Dysentery in Hazaribagh Central Jail - Number 52
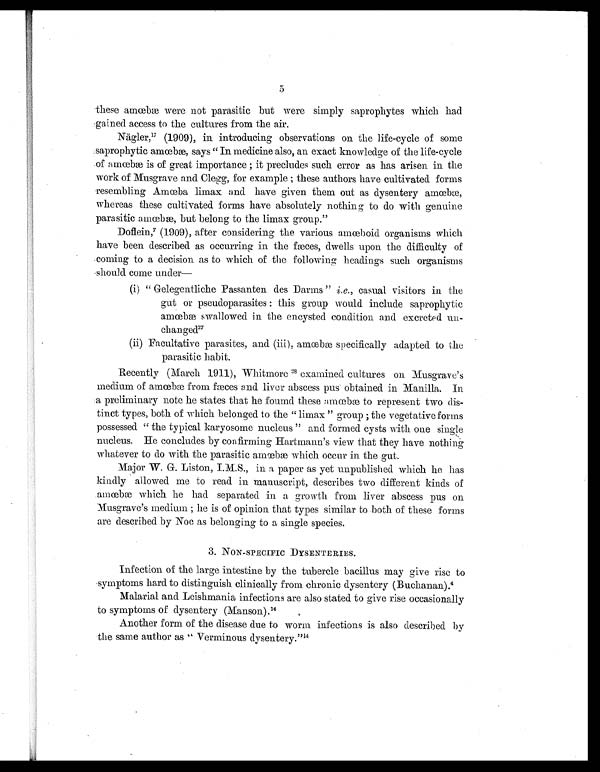
these amœbæ were not parasitic but were simply saprophytes which had
gained access to the cultures from the air.
Nägler,17 (1909), in introducing observations on the life-cycle of some
saprophytic amœbæ, says "In medicine also, an exact knowledge of the life-cycle
of amœbæ is of great importance ; it precludes such error as has arisen in the
work of Musgrave and Clegg, for example ; these authors have cultivated forms
resembling Amœba limax and have given them out as dysentery amœbæ,
whereas these cultivated forms have absolutely nothing to do with genuine
parasitic amœbæ, but belong to the limax group."
Doflein,7 (1909), after considering the various amœboid organisms which
have been described as occurring in the fæces, dwells upon the difficulty of
coming to a decision as to which of the following headings such organisms
should come under
(i) " Gelegentliche Passanten des Darms " i.e., casual visitors in the
gut or pseudoparasites : this group would include saprophytic
amœbæ swallowed in the encysted condition and excreted un-
changed2 7
(ii) Facultative parasites, and (iii), amœbæ specifically adapted to the
parasitic habit.
Recently (March 1911), Whitmore 2 8
e x a m i n e d c u l t u r e s o n M u s g r a v e ' s
medium of amœbæ from fæces and liver abscess pus obtained in Manilla. In
a preliminary note he states that he foumd these amœbæ to represent two dis-
tinct types, both of which belonged to the " limax " group ; the vegetative forms
possessed " the typical karyosome nucleus " and formed cysts with one single
nucleus. He concludes by confirming Hartmann's view that they have nothing
whatever to do with the parasitic amœbæ which occur in the gut.
Major W. G. Liston, I.M.S., in a paper as yet unpublished which he has
kindly allowed me to read in manuscript, describes two different kinds of
amœbæ which he had separated in a growth from liver abscess pus on
Musgrave's medium ; he is of opinion that types similar to both of these forms
are described by Noc as belonging to a single species.
3. NON-SPECIFIC DYSENTERIES.
Infection of the large intestine by the tubercle bacillus may give rise to
symptoms hard to distinguish clinically from chronic dysentery (Buchanan). 4
Malarial and Leishmania infections are also stated to give rise occasionally
to symptoms of dysentery (Manson). 14
Another form of the disease due to worm infections is also described by
the same author as " Verminous dysentery.'' 14